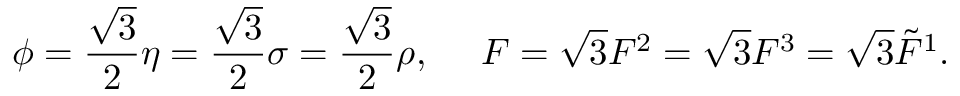
\phi = { \frac { \sqrt { 3 } } { 2 } } \eta = { \frac { \sqrt { 3 } } { 2 } } \sigma = { \frac { \sqrt { 3 } } { 2 } } \rho , \ \ \ \ F = \sqrt { 3 } { \cal F } ^ { 2 } = \sqrt { 3 } { \cal F } ^ { 3 } = \sqrt { 3 } \tilde { \cal F } ^ { 1 } .